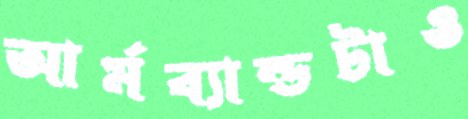
আর্মব্যান্ডটাও